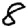
Digit: 8